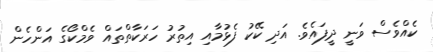
ކެއްވެސް ވަނީ ދީފައެވެ. އަދި ކޭކު ފެޅުމާއި އިތުރު ހަރަކާތްތައް ވެމްކޯގެ އަންހެން